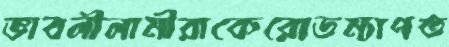
ভাবলীলামীরাকেরোডম্যাপত